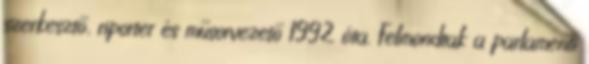
szerkesztő, riporter és műsorvezető 1992 óta. Felmondtak a parlamenti